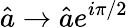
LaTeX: \hat{a}\rightarrow\hat{a}e^{i\pi/2}